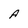
Character: A